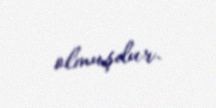
olmuşdur.